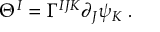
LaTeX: \Theta ^ { I } = \Gamma ^ { I J K } \partial _ { J } \psi _ { K } \; .